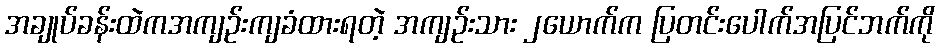
အချုပ်ခန်းထဲကအကျဉ်းကျခံထားရတဲ့ အကျဉ်းသား ၂ယောက်က ပြတင်းပေါက်အပြင်ဘက်ကို